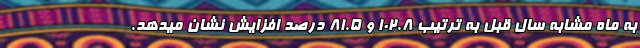
به ماه مشابه سال قبل به ترتیب 102.8 و 81.5 درصد افزایش نشان میدهد.